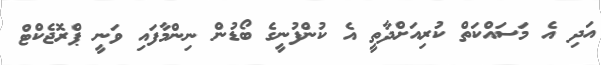
އަދި އެ މަސައްކަތް ކުރިއަށްދާތީ އެ ކުންފުނީގެ ބޯޑުން ނިންމާފައި ވަނީ ޕްރޮޖެކްޓް